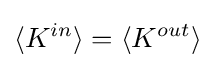
\langle K^{in}\rangle =\langle K^{out}\rangle